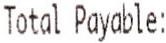
TOTAL PAYABLE: